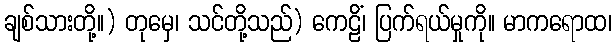
ချစ်သားတို့။) တုမှေ၊ သင်တို့သည်) ကေဠိံ၊ ပြက်ရယ်မှုကို။ မာကရောထ၊